Vaccination United Provinces of Agra and Oudh 1914-1922 - 1914-1922
Year: 1914
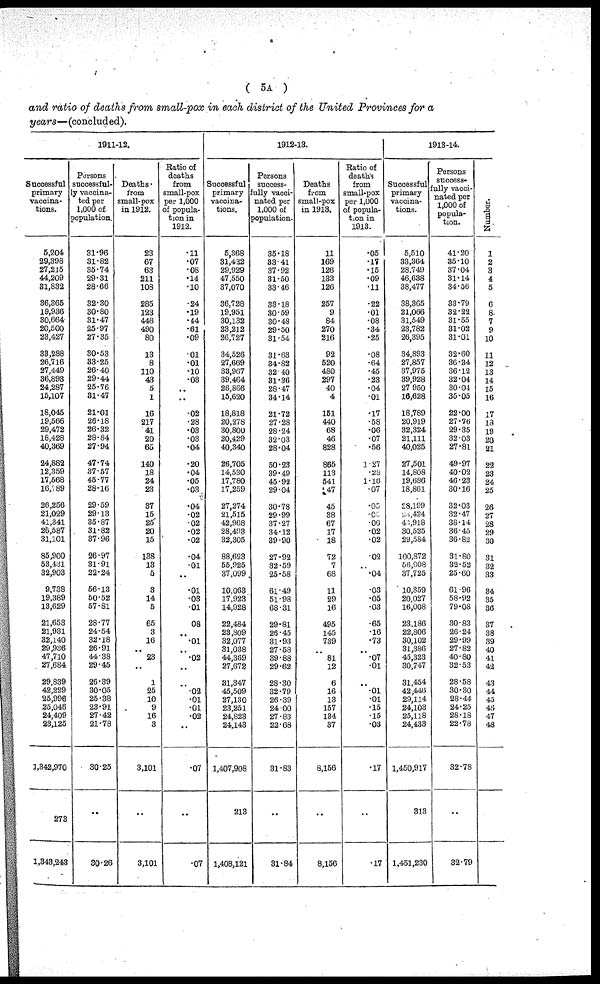
( 5A )
and ratio of deaths from small-pox in each district of the United Provinces for a
years—(concluded).
1911-12.
Successful
primary
vaccina-
tions.
5,204
29,398
27,215
44,209
31,832
36,365
19,936
30,664
20,500
23,427
33,288
26,716
27,449
36,893
24,287
15,107
18,045
19,566
29,472
18,428
40,369
24,882
12,359
17,568
16,789
26,256
21,029
41,341
26,587
31,101
85,900
53,431
32,903
9,738
19,389
13,629
21,653
21,931
32,140
29,936
47,710
27,684
29,839
42,229
25,996
25,046
24,409
23,125
1,342,970
273
1,343,243
Persons
successful-
ly vaccina-
ted per
1,000 of.
population.
31.96
31.82
35.74
29.31
28.66
32.30
30.80
31.47
25.97
27.35
30.53
33.25
26.40
29.44
25.76
31.47
21.01
26.18
26.32
28.84
27.94
47.74
37.57
45.77
28.16
29.59
29.13
35.87
31.82
37.96
26.97
31.91
22.24
56.13
50.52
57.81
28.77
24.54
32.18
26.91
44.38
29.45
26.39
30.05
25.38
23.91
27.42
21.78
30.25
..
30.26
Deaths
from
small-pox
in 1912.
23
67
63
211
108
285
123
446
490
80
13
8
110
43
5
1
16
217
41
20
65
140
18
24
23
37
15
25
20
15
138
13
5
3
14
5
65
3
16
..
23
..
1
25
10
9
16
3
3,101
..
3,101
Ratio of
deaths
from
small-pox
per 1,000
of popula-
tion in
1912.
.11
.07
.08
.14
.10
.24
.19
.44
.61
.09
.01
.01
.10
.03
..
..
.02
.28
.03
.03
.04
.20
.04
.05
.03
.04
.02
.02
.02
.02
.04
.01
..
.01
.03
.01
08
..
.01
..
.02
..
..
.02
.01
.01
.02
..
.07
..
.07
1912-13.
Successful
primary
vaccina-
tions.
5,368
31,422
29,929
47,550
37,070
36,728
19,951
30,132
23,212
26,727
34,526
27,669
33,967
39,464
26,866
15,620
18,818
20,278
30,800
20,429
40,340
26,705
14,530
17,780
17,259
27,274
21,515
42,968
28,493
32,305
88,628
55,925
37,099
10,068
17,923
14,928
22,484
23,809
32,077
31,038
44,369
27,672
31,347
45,509
27,130
23,251
24,823
24,143
1,407,908
213
1,408,121
Persons
success-
fully vacci-
nated per
1,000 of
population.
35.18
33.41
37.92
31.50
33.46
33.18
30.59
30.48
29.50
31.54
31.63
34.82
32.40
31.36
28.47
34.14
21.72
27.28
28.24
32.03
28.04
50.23
39.49
45.92
29.04
30.78
29.99
37.27
34.12
39.90
27.92
32.59
25.58
61.49
51.98
68.31
29.81
26.45
31.93
27.58
39.88
29.62
28.30
32.79
26.39
24.00
27.83
22.68
31.83
..
31.84
Deaths
from
small-pox
in 1913.
11
169
126
133
126
257
9
84
270
216
92
520
480
297
40
4
151
440
68
46
828
865
113
541
47
45
38
67
17
18
72
7
68
11
29
16
495
145
739
..
81
12
6
16
13
157
134
37
8,156
..
8,156
Ratio of
death's
from
small-pox
per 1,000
of popula-
tion in
1913.
.05
.17
.15
.09
.11
.22
.01
.08
.34
.25
.08
.64
.45
.23
.04
.01
.17
.58
.06
.07
.56
1.27
.28
1.16
.07
.05
.06
.06
.02
.02
.02
.04
.03
.05
.03
.65
.16
.73
..
.07
.01
..
.01
.01
.15
.15
.03
.17
..
.17
1913-14.
Successful
primary
vaccina-
tions.
5,510
33,364
28,749
46,638
38,477
38,365
21,066
31,549
23,782
26,395
34,893
27,857
37,975
39,928
27,950
16,628
18,789
20,919
32,324
21,111
40,025
27,501
14,808
19,686
18,861
28,199
26,424
46,918
30,525
29,584
100,872
56,908
37,725
10,359
20,027
16,008
23,186
22,806
30,102
31,386
45,323
30,747
31,454
42,446
29,114
24,103
25,118
24,433
1,450,917
313
1,451,230
Persons
success-
fully vacci-
nated per
1,000 of
popula-
tion.
41.20
35.10
37.04
31.14
34.56
33.79
32.22
31.55
31.02
31.01
32.60
36.34
36.12
32.04
30.04
35.05
22.00
27.76
29.35
32.03
27.81
49.97
40.02
46.23
30.16
32.03
32.47
38.14
36.45
36.82
31.80
32.52
25.60
61.96
58.92
79.08
30.83
26.24
29.99
27.82
40.80
32.53
28.58
30.30
28.44
24.25
28.18
22.78
32.78
..
32.79
Number.
1
2
3
4
5
6
8
7
9
10
11
12
13
14
15
16
17
13
19
20
21
22
23
24
25
26
27
28
29
30
31
32
33
34
35
36
37
38
39
40
41
42
43
44
45
46
47
48